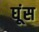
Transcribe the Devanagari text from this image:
घूंस